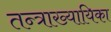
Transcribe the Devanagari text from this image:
तन्त्राख्यायिका